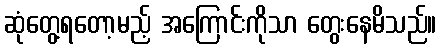
ဆုံတွေ့ရတော့မည့် အကြောင်းကိုသာ တွေးနေမိသည်။